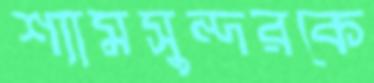
শ্যামসুন্দরকে